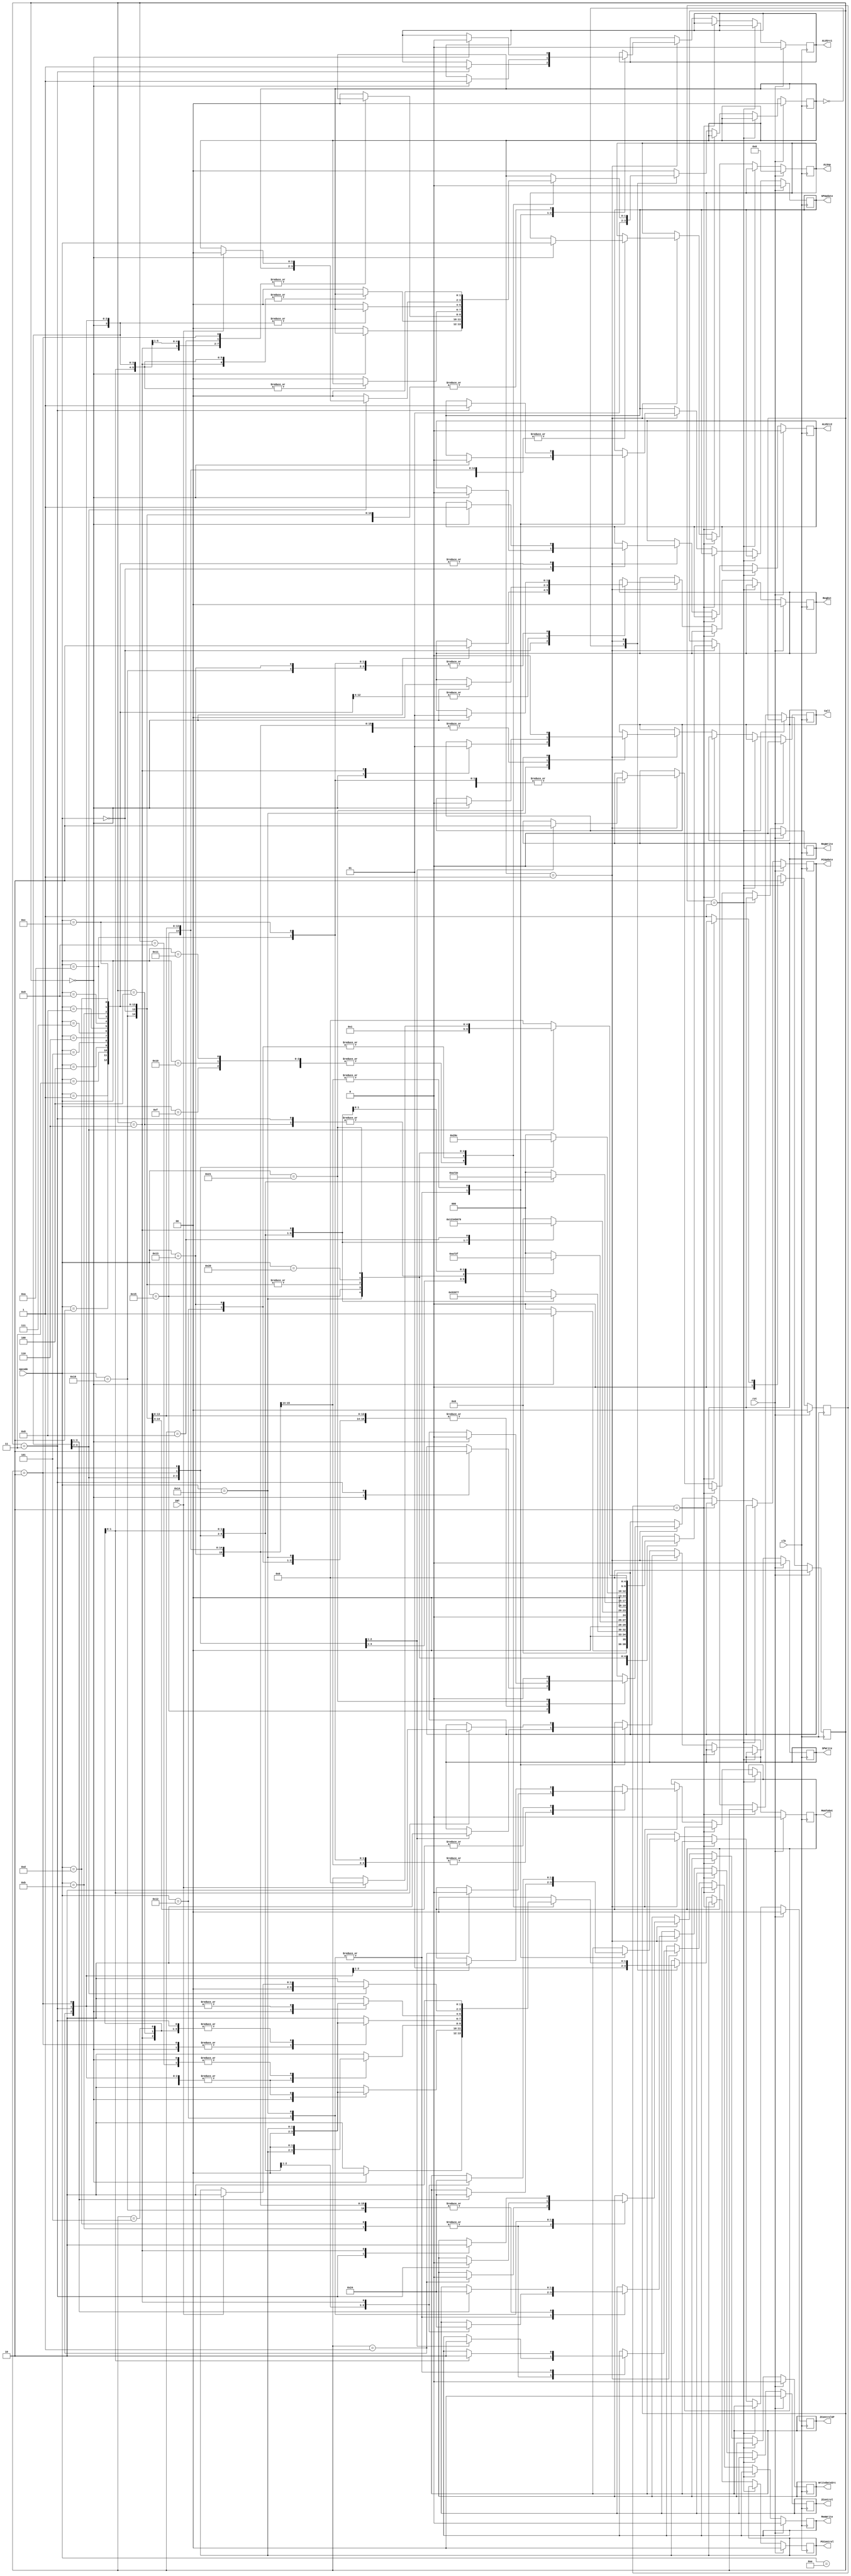
module control_unit (
    input rst,
    input [5:0] opcode,
    input clk,
    input INT,                              //Interrupt
    output reg [1:0] PCControl,             //Left Bit is for PCin and Right Bit is for PCout
    output reg Call,                        //Call is 1 for call and 0 otherwise
    output reg [5:0] ALUop,
    output reg [1:0] RegDst,                 //0 for rs, 1 for rt, 2 for rd
    output reg RegWrite,                     //1 for Writing to Register, 0 othw
    output reg ALUSrc1,                      //0 for ReadData1, 1 for ReadSP
    output reg ALUSrc2,                      //0 for ReadData2, 1 for Immediate32bit
    output reg SPWrite,                      //1 for Writing to SP, 0 othw
    output reg [1:0] ZControl,               //Left Bit is for Zin and Right Bit is for Zout
    output reg MemToOut,                      //0 for ReadDataMem, 1 for ALUResult
    output reg PCUpdate,                      //0 for PC = PC + 4, 1 for address from data memory
    output reg MemWrite,                      //1 for Writing to Data Memory, 0 othw
    output reg WriteDataSrc,                  //0 for ReadData2, 1 for Updated PC Value
    output reg SPUpdate,                      //0 for SP = SP - 4, 1 for SP = SP + 4
    output reg [1:0] ZControlSP               //Left Bit is for Zin and Right Bit is for Zout
);
    reg [1:0] cu_state;
    reg [1:0] j_state;
    reg [4:0] instr_state;

    initial begin
        cu_state = 0;
        instr_state = 0;
        PCControl = 0;
        Call = 0;
        ALUop = 0;
        RegDst = 0;
        ALUSrc1 = 0;
        ALUSrc2 = 0;
        RegWrite = 0;
        SPWrite = 0;
        ZControl = 0;
        MemToOut = 0;
        PCUpdate = 0;
        MemWrite = 0;
        WriteDataSrc = 0;
        SPUpdate = 0;
        ZControlSP = 0;
        j_state = 0;
    end

    always @(posedge clk) begin
        if (rst) begin
            cu_state <= 0;
            instr_state <= 0;
            PCControl <= 0;
            Call <= 0;
            ALUop <= 0;
            RegDst <= 0;
            ALUSrc1 <= 0;
            ALUSrc2 <= 0;
            RegWrite <= 0;
            SPWrite <= 0;
            ZControl <= 0;
            MemToOut <= 0;
            PCUpdate <= 0;
            MemWrite <= 0;
            WriteDataSrc <= 0;
            SPUpdate <= 0;
            ZControlSP <= 0;
            j_state <= 0;
        end else if (j_state == 1) begin
            j_state <= 2;
        end else if (j_state == 2) begin
            j_state <= 0;
        end else begin
            j_state <= 1;
            case (cu_state)
            0: begin
                PCControl <= 2'b01;
                cu_state <= 1;
            end
            1: begin
                case (opcode)
                    6'b000000: begin                    //R-type
                        case (instr_state)
                            0: begin
                                PCControl <= 2'b00;
                                PCUpdate <= 0;
                                Call <= 0;
                                RegDst <= 2;
                                ALUop <= opcode;
                                ALUSrc1 <= 0;
                                ALUSrc2 <= 0;
                                ZControl <= 2'b10;
                                instr_state <= 1;
                            end
                            1: begin
                                ZControl <= 2'b01;
                                MemToOut <= 1;
                                RegWrite <= 1;
                                instr_state <= 2;
                            end
                            2: begin
                                RegWrite <= 0;
                                instr_state <= 3;
                            end
                            3: begin
                                MemToOut <= 0;
                                ZControl <= 2'b00;
                                instr_state <= 4;
                            end
                            4: begin
                                cu_state <= 0;
                                instr_state <= 0;
                                PCControl <= 2'b10;
                            end
                            default: begin
                                cu_state <= 0;
                                instr_state <= 0;
                                PCControl <= 2'b10;
                            end
                        endcase
                    end
                    6'b000001: begin                //ADDI
                        case (instr_state)
                            0: begin
                                PCControl <= 2'b00;
                                PCUpdate <= 0;
                                Call <= 0;
                                RegDst <= 0;
                                ALUop <= opcode;
                                ALUSrc1 <= 0;
                                ALUSrc2 <= 1;                //Input Immediate32bit to ALU
                                ZControl <= 2'b10;
                                instr_state <= 1;
                            end
                            1: begin
                                ZControl <= 2'b01;
                                MemToOut <= 1;
                                RegWrite <= 1;
                                instr_state <= 2;
                            end
                            2: begin
                                RegWrite <= 0;
                                instr_state <= 3;
                            end
                            3: begin
                                MemToOut <= 0;
                                ZControl <= 2'b00;
                                instr_state <= 4;
                            end
                            4: begin
                                cu_state <= 0;
                                instr_state <= 0;
                                PCControl <= 2'b10;
                            end
                            default: begin
                                cu_state <= 0;
                                instr_state <= 0;
                                PCControl <= 2'b10;
                            end
                        endcase
                    end
                    6'b000010: begin                    //SUBI
                        case (instr_state)
                            0: begin
                                PCControl <= 2'b00;
                                PCUpdate <= 0;
                                Call <= 0;
                                RegDst <= 0;
                                ALUop <= opcode;
                                ALUSrc1 <= 0;
                                ALUSrc2 <= 1;                //Input Immediate32bit to ALU
                                ZControl <= 2'b10;
                                instr_state <= 1;
                            end
                            1: begin
                                ZControl <= 2'b01;
                                MemToOut <= 1;
                                RegWrite <= 1;
                                instr_state <= 2;
                            end
                            2: begin
                                RegWrite <= 0;
                                instr_state <= 3;
                            end
                            3: begin
                                MemToOut <= 0;
                                ZControl <= 2'b00;
                                instr_state <= 4;
                            end
                            4: begin
                                cu_state <= 0;
                                instr_state <= 0;
                                PCControl <= 2'b10;
                            end
                            default: begin
                                cu_state <= 0;
                                instr_state <= 0;
                                PCControl <= 2'b10;
                            end
                        endcase
                    end                                 
                    6'b000011: begin                        //ANDI
                        case (instr_state)
                            0: begin
                                PCControl <= 2'b00;
                                PCUpdate <= 0;
                                Call <= 0;
                                RegDst <= 0;
                                ALUop <= opcode;
                                ALUSrc1 <= 0;
                                ALUSrc2 <= 1;                //Input Immediate32bit to ALU
                                ZControl <= 2'b10;
                                instr_state <= 1;
                            end
                            1: begin
                                ZControl <= 2'b01;
                                MemToOut <= 1;
                                RegWrite <= 1;
                                instr_state <= 2;
                            end
                            2: begin
                                RegWrite <= 0;
                                instr_state <= 3;
                            end
                            3: begin
                                MemToOut <= 0;
                                ZControl <= 2'b00;
                                instr_state <= 4;
                            end
                            4: begin
                                cu_state <= 0;
                                instr_state <= 0;
                                PCControl <= 2'b10;
                            end
                            default: begin
                                cu_state <= 0;
                                instr_state <= 0;
                                PCControl <= 2'b10;
                            end
                        endcase
                    end
                    6'b000100: begin                    //ORI
                        case (instr_state)
                            0: begin
                                PCControl <= 2'b00;
                                PCUpdate <= 0;
                                Call <= 0;
                                RegDst <= 0;
                                ALUop <= opcode;
                                ALUSrc1 <= 0;
                                ALUSrc2 <= 1;                //Input Immediate32bit to ALU
                                ZControl <= 2'b10;
                                instr_state <= 1;
                            end
                            1: begin
                                ZControl <= 2'b01;
                                MemToOut <= 1;
                                RegWrite <= 1;
                                instr_state <= 2;
                            end
                            2: begin
                                RegWrite <= 0;
                                instr_state <= 3;
                            end
                            3: begin
                                MemToOut <= 0;
                                ZControl <= 2'b00;
                                instr_state <= 4;
                            end
                            4: begin
                                cu_state <= 0;
                                instr_state <= 0;
                                PCControl <= 2'b10;
                            end
                            default: begin
                                cu_state <= 0;
                                instr_state <= 0;
                                PCControl <= 2'b10;
                            end
                        endcase
                    end
                    6'b000101: begin                        //XORI
                        case (instr_state)
                            0: begin
                                PCControl <= 2'b00;
                                PCUpdate <= 0;
                                Call <= 0;
                                RegDst <= 0;
                                ALUop <= opcode;
                                ALUSrc1 <= 0;
                                ALUSrc2 <= 1;                //Input Immediate32bit to ALU
                                ZControl <= 2'b10;
                                instr_state <= 1;
                            end
                            1: begin
                                ZControl <= 2'b01;
                                MemToOut <= 1;
                                RegWrite <= 1;
                                instr_state <= 2;
                            end
                            2: begin
                                RegWrite <= 0;
                                instr_state <= 3;
                            end
                            3: begin
                                MemToOut <= 0;
                                ZControl <= 2'b00;
                                instr_state <= 4;
                            end
                            4: begin
                                cu_state <= 0;
                                instr_state <= 0;
                                PCControl <= 2'b10;
                            end
                            default: begin
                                cu_state <= 0;
                                instr_state <= 0;
                                PCControl <= 2'b10;
                            end
                        endcase
                    end
                    6'b000110: begin                        //NOTI
                        case (instr_state)
                            0: begin
                                PCControl <= 2'b00;
                                PCUpdate <= 0;
                                Call <= 0;
                                RegDst <= 0;
                                ALUop <= opcode;
                                ALUSrc1 <= 0;
                                ALUSrc2 <= 1;                //Input Immediate32bit to ALU
                                ZControl <= 2'b10;
                                instr_state <= 1;
                            end
                            1: begin
                                ZControl <= 2'b01;
                                MemToOut <= 1;
                                RegWrite <= 1;
                                instr_state <= 2;
                            end
                            2: begin
                                RegWrite <= 0;
                                instr_state <= 3;
                            end
                            3: begin
                                MemToOut <= 0;
                                ZControl <= 2'b00;
                                instr_state <= 4;
                            end
                            4: begin
                                cu_state <= 0;
                                instr_state <= 0;
                                PCControl <= 2'b10;
                            end
                            default: begin
                                cu_state <= 0;
                                instr_state <= 0;
                                PCControl <= 2'b10;
                            end
                        endcase
                    end
                    6'b000111: begin                        //SLLI
                        case (instr_state)
                            0: begin
                                PCControl <= 2'b00;
                                PCUpdate <= 0;
                                Call <= 0;
                                RegDst <= 0;
                                ALUop <= opcode;
                                ALUSrc1 <= 0;
                                ALUSrc2 <= 1;                //Input Immediate32bit to ALU
                                ZControl <= 2'b10;
                                instr_state <= 1;
                            end
                            1: begin
                                ZControl <= 2'b01;
                                MemToOut <= 1;
                                RegWrite <= 1;
                                instr_state <= 2;
                            end
                            2: begin
                                RegWrite <= 0;
                                instr_state <= 3;
                            end
                            3: begin
                                MemToOut <= 0;
                                ZControl <= 2'b00;
                                instr_state <= 4;
                            end
                            4: begin
                                cu_state <= 0;
                                instr_state <= 0;
                                PCControl <= 2'b10;
                            end
                            default: begin
                                cu_state <= 0;
                                instr_state <= 0;
                                PCControl <= 2'b10;
                            end
                        endcase
                    end
                    6'b001000: begin                    //SRLI
                        case (instr_state)
                            0: begin
                                PCControl <= 2'b00;
                                PCUpdate <= 0;
                                Call <= 0;
                                RegDst <= 0;
                                ALUop <= opcode;
                                ALUSrc1 <= 0;
                                ALUSrc2 <= 1;                //Input Immediate32bit to ALU
                                ZControl <= 2'b10;
                                instr_state <= 1;
                            end
                            1: begin
                                ZControl <= 2'b01;
                                MemToOut <= 1;
                                RegWrite <= 1;
                                instr_state <= 2;
                            end
                            2: begin
                                RegWrite <= 0;
                                instr_state <= 3;
                            end
                            3: begin
                                MemToOut <= 0;
                                ZControl <= 2'b00;
                                instr_state <= 4;
                            end
                            4: begin
                                cu_state <= 0;
                                instr_state <= 0;
                                PCControl <= 2'b10;
                            end
                            default: begin
                                cu_state <= 0;
                                instr_state <= 0;
                                PCControl <= 2'b10;
                            end
                        endcase
                    end
                    6'b001001: begin                        //SRAI
                        case (instr_state)
                            0: begin
                                PCControl <= 2'b00;
                                PCUpdate <= 0;
                                Call <= 0;
                                RegDst <= 0;
                                ALUop <= opcode;
                                ALUSrc1 <= 0;
                                ALUSrc2 <= 1;                //Input Immediate32bit to ALU
                                ZControl <= 2'b10;
                                instr_state <= 1;
                            end
                            1: begin
                                ZControl <= 2'b01;
                                MemToOut <= 1;
                                RegWrite <= 1;
                                instr_state <= 2;
                            end
                            2: begin
                                RegWrite <= 0;
                                instr_state <= 3;
                            end
                            3: begin
                                MemToOut <= 0;
                                ZControl <= 2'b00;
                                instr_state <= 4;
                            end
                            4: begin
                                cu_state <= 0;
                                instr_state <= 0;
                                PCControl <= 2'b10;
                            end
                            default: begin
                                cu_state <= 0;
                                instr_state <= 0;
                                PCControl <= 2'b10;
                            end
                        endcase
                    end
                    6'b001010: begin                        //LD
                        case (instr_state)
                            0: begin
                                PCControl <= 2'b00;
                                PCUpdate <= 0;
                                Call <= 0;
                                RegDst <= 1;
                                ALUop <= opcode;
                                ALUSrc1 <= 0;
                                ALUSrc2 <= 1;                //Input Immediate32bit to ALU
                                ZControl <= 2'b10;
                                instr_state <= 1;
                            end
                            1: begin
                                ZControl <= 2'b01;
                                MemToOut <= 0;
                                RegWrite <= 1;
                                instr_state <= 2;
                            end
                            2: begin
                                RegWrite <= 0;
                                instr_state <= 3;
                            end
                            3: begin
                                ZControl <= 2'b00;
                                instr_state <= 4;
                            end
                            4: begin
                                PCControl <= 2'b10;
                                cu_state <= 0;
                                instr_state <= 0;
                            end
                            default: begin
                                cu_state <= 0;
                                instr_state <= 0;
                                PCControl <= 2'b10;
                            end
                        endcase
                    end
                    6'b001011: begin                        //ST
                        case (instr_state)
                            0: begin
                                PCControl <= 2'b00;
                                PCUpdate <= 0;
                                Call <= 0;
                                ALUop <= opcode;
                                ALUSrc1 <= 0;
                                ALUSrc2 <= 1;                //Input Immediate32bit to ALU
                                ZControl <= 2'b10;
                                instr_state <= 1;
                            end
                            1: begin
                                ZControl <= 2'b01;
                                WriteDataSrc <= 0;
                                MemWrite <= 1;               //Write to Data Memory
                                instr_state <= 2;
                            end
                            2: begin
                                MemWrite <= 0;
                                instr_state <= 3;
                            end
                            3: begin
                                ZControl <= 2'b00;
                                instr_state <= 4;
                            end
                            4: begin
                                PCControl <= 2'b10;
                                cu_state <= 0;
                                instr_state <= 0;
                            end
                            default: begin
                                cu_state <= 0;
                                instr_state <= 0;
                                PCControl <= 2'b10;
                            end
                        endcase
                    end
                    6'b001100: begin                        //LDSP
                        case (instr_state)
                            0: begin
                                PCControl <= 2'b00;
                                PCUpdate <= 0;
                                Call <= 0;
                                RegDst <= 1;
                                ALUop <= opcode;
                                ALUSrc1 <= 0;
                                ALUSrc2 <= 1;                //Input Immediate32bit to ALU
                                ZControl <= 2'b10;
                                instr_state <= 1;
                            end
                            1: begin
                                ZControl <= 2'b01;
                                MemToOut <= 0;
                                RegWrite <= 1;
                                instr_state <= 2;
                            end
                            2: begin
                                RegWrite <= 0;
                                instr_state <= 3;
                            end
                            3: begin
                                ZControl <= 2'b00;
                                instr_state <= 4;
                            end
                            4: begin
                                PCControl <= 2'b10;
                                cu_state <= 0;
                                instr_state <= 0;
                            end
                            default: begin
                                cu_state <= 0;
                                instr_state <= 0;
                                PCControl <= 2'b10;
                            end
                        endcase
                    end
                    6'b001101: begin                        //STSP
                        case (instr_state)
                            0: begin
                                PCControl <= 2'b00;
                                PCUpdate <= 0;
                                Call <= 0;
                                ALUop <= opcode;
                                ALUSrc1 <= 0;
                                ALUSrc2 <= 1;                //Input Immediate32bit to ALU
                                ZControl <= 2'b10;
                                instr_state <= 1;
                            end
                            1: begin
                                ZControl <= 2'b01;
                                WriteDataSrc <= 0;
                                MemWrite <= 1;               //Write to Data Memory
                                instr_state <= 2;
                            end
                            2: begin
                                MemWrite <= 0;
                                instr_state <= 3;
                            end
                            3: begin
                                ZControl <= 2'b00;
                                instr_state <= 4;
                            end
                            4: begin
                                PCControl <= 2'b10;
                                cu_state <= 0;
                                instr_state <= 0;
                            end
                            default: begin
                                cu_state <= 0;
                                instr_state <= 0;
                                PCControl <= 2'b10;
                            end
                        endcase
                    end
                    6'b001110: begin                        //BR
                        case (instr_state)
                            0: begin
                                PCControl <= 2'b00;
                                PCUpdate <= 0;
                                Call <= 0;
                                ALUop <= opcode;
                                instr_state <= 1;
                            end
                            1: begin
                                PCControl <= 2'b10;
                                cu_state <= 0;
                                instr_state <= 0;
                            end
                            default: begin
                                cu_state <= 0;
                                instr_state <= 0;
                                PCControl <= 2'b10;
                            end
                        endcase
                    end
                    6'b001111: begin                        //BMI
                        case (instr_state)
                            0: begin
                                PCControl <= 2'b00;
                                PCUpdate <= 0;
                                Call <= 0;
                                ALUSrc1 <= 0;
                                ALUop <= opcode;
                                instr_state <= 1;
                            end
                            1: begin
                                PCControl <= 2'b10;
                                cu_state <= 0;
                                instr_state <= 0;
                            end
                            default: begin
                                cu_state <= 0;
                                instr_state <= 0;
                                PCControl <= 2'b10;
                            end
                        endcase
                    end
                    6'b010000: begin                        //BPL
                        case (instr_state)
                            0: begin
                                PCControl <= 2'b00;
                                PCUpdate <= 0;
                                Call <= 0;
                                ALUSrc1 <= 0;
                                ALUop <= opcode;
                                instr_state <= 1;
                            end
                            1: begin
                                PCControl <= 2'b10;
                                cu_state <= 0;
                                instr_state <= 0;
                            end
                            default: begin
                                cu_state <= 0;
                                instr_state <= 0;
                                PCControl <= 2'b10;
                            end
                        endcase
                    end
                    6'b010001: begin                        //BZ
                        case (instr_state)
                            0: begin
                                PCControl <= 2'b00;
                                PCUpdate <= 0;
                                Call <= 0; 
                                ALUSrc1 <= 0;
                                ALUop <= opcode;
                                instr_state <= 1;
                            end
                            1: begin
                                PCControl <= 2'b10;
                                cu_state <= 0;
                                instr_state <= 0;
                            end
                            default: begin
                                cu_state <= 0;
                                instr_state <= 0;
                                PCControl <= 2'b10;
                            end
                        endcase
                    end
                    6'b010010: begin                        //PUSH
                        case (instr_state)
                            0: begin
                                PCControl <= 2'b00;
                                PCUpdate <= 0;
                                Call <= 0;
                                ALUop <= opcode;
                                SPUpdate <= 0;
                                ZControlSP <= 2'b10;
                                instr_state <= 1;
                            end
                            1: begin
                                ZControlSP <= 2'b01;
                                SPWrite <= 1;
                                instr_state <= 2;
                            end
                            2: begin
                                SPWrite <= 0;
                                instr_state <= 3;
                            end
                            3: begin
                                ZControlSP <= 2'b00;
                                ALUSrc1 <= 1;
                                ZControl <= 2'b10;
                                WriteDataSrc <= 0;
                                instr_state <= 4;
                            end
                            4: begin
                                ZControl <= 2'b01;
                                MemWrite <= 1;
                                instr_state <= 5;
                            end
                            5: begin
                                MemWrite <= 0;
                                instr_state <= 6;
                            end
                            6: begin
                                ZControl <= 2'b00;
                                instr_state <= 7;
                            end
                            7: begin
                                PCControl <= 2'b10;
                                cu_state <= 0;
                                instr_state <= 0;
                            end
                            default: begin
                                cu_state <= 0;
                                instr_state <= 0;
                                PCControl <= 2'b10;
                            end
                        endcase
                    end
                    6'b010011: begin                        //POP
                        case (instr_state)
                            0: begin
                                PCControl <= 2'b00;
                                PCUpdate <= 0;
                                Call <= 0; 
                                ALUop <= opcode;
                                ALUSrc1 <= 1;
                                ZControl <= 2'b10;
                                RegDst <= 1;
                                instr_state <= 1;
                            end
                            1: begin
                                ZControl <= 2'b01;
                                MemToOut <= 0;
                                RegWrite <= 1;
                                instr_state <= 2;
                            end
                            2: begin
                                RegWrite <= 0;
                                instr_state <= 3;
                            end
                            3: begin
                                ZControl <= 2'b00;
                                SPUpdate <= 1;
                                ZControlSP <= 2'b10;
                                instr_state <= 4;
                            end
                            4: begin
                                ZControlSP <= 2'b01;
                                SPWrite <= 1;
                                instr_state <= 4;
                            end
                            5: begin
                                SPWrite <= 0;
                                instr_state <= 5;
                            end
                            6: begin
                                ZControlSP <= 2'b00;
                                instr_state <= 7;
                            end
                            7: begin
                                PCControl <= 2'b10;
                                cu_state <= 0;
                                instr_state <= 0;
                            end
                            default: begin
                                instr_state <= 0;
                                cu_state <= 0;
                                PCControl <= 2'b10;
                            end
                        endcase
                    end
                    6'b010100: begin                        //CALL
                        case (instr_state)
                            0: begin
                                PCControl <= 2'b00;
                                PCUpdate <= 0;
                                Call <= 0;
                                ALUop <= opcode;
                                SPUpdate <= 0;
                                ZControlSP <= 2'b10;
                                instr_state <= 1;
                            end
                            1: begin
                                ZControlSP <= 2'b01;
                                SPWrite <= 1;
                                instr_state <= 2;
                            end
                            2: begin
                                SPWrite <= 0;
                                instr_state <= 3;
                            end
                            3: begin
                                ZControlSP <= 2'b00;
                                ALUSrc1 <= 1;
                                ZControl <= 2'b10;
                                WriteDataSrc <= 1;
                                instr_state <= 4;
                            end
                            4: begin
                                ZControl <= 2'b01;
                                MemWrite <= 1;
                                instr_state <= 5;
                            end
                            5: begin
                                MemWrite <= 0;
                                instr_state <= 6;
                            end
                            6: begin
                                ZControl <= 2'b00;
                                WriteDataSrc <= 0;
                                Call <= 1;
                                instr_state <= 7;
                            end
                            8: begin
                                PCControl <= 2'b10;
                                instr_state <= 9;
                            end
                            9: begin
                                PCControl <= 2'b00;
                                cu_state <= 0;
                                instr_state <= 0;
                            end
                            default: begin
                                instr_state <= 0;
                                cu_state <= 0;
                                PCControl <= 2'b10;
                            end
                        endcase
                    end
                    6'b010101: begin                        //RET
                        case (instr_state)
                            0: begin
                                PCControl <= 2'b00;
                                PCUpdate <= 1;
                                Call <= 0; 
                                ALUop <= opcode;
                                ALUSrc1 <= 1;
                                ZControl <= 2'b10;
                                instr_state <= 1;
                            end
                            1: begin
                                ZControl <= 2'b01;
                                MemToOut <= 0;
                                PCControl <= 2'b10;
                                instr_state <= 2;
                            end
                            2: begin
                                PCControl <= 2'b00;
                                instr_state <= 3;
                            end
                            3: begin
                                ZControl <= 2'b00;
                                PCUpdate <= 0;
                                SPUpdate <= 1;
                                ZControlSP <= 2'b10;
                                instr_state <= 4;
                            end
                            4: begin
                                ZControlSP <= 2'b01;
                                SPWrite <= 1;
                                instr_state <= 5;
                            end
                            5: begin
                                SPWrite <= 0;
                                instr_state <= 6;
                            end
                            6: begin
                                ZControlSP <= 2'b00;
                                cu_state <= 0;
                                instr_state <= 0;
                            end
                            default: begin
                                instr_state <= 0;
                                cu_state <= 0;
                                PCControl <= 2'b10;
                            end
                        endcase
                    end
                    6'b010110: begin                        //MOVE
                        case (instr_state)
                            0: begin
                                PCControl <= 2'b00;
                                PCUpdate <= 0;
                                Call <= 0;
                                RegDst <= 1;
                                ALUop <= opcode;
                                ALUSrc1 <= 0;
                                ZControl <= 2'b10;
                                instr_state <= 1;
                            end
                            1: begin
                                ZControl <= 2'b01;
                                MemToOut <= 1;
                                RegWrite <= 1;
                                instr_state <= 2;
                            end
                            2: begin
                                RegWrite <= 0;
                                instr_state <= 3;
                            end
                            3: begin
                                MemToOut <= 0;
                                ZControl <= 2'b00;
                                instr_state <= 4;
                            end
                            4: begin
                                cu_state <= 0;
                                instr_state <= 0;
                                PCControl <= 2'b10;
                            end
                            default: begin
                                instr_state <= 0;
                                cu_state <= 0;
                                PCControl <= 2'b10;
                            end
                        endcase
                    end
                    6'b100000: begin                        //HALT: Stay in this state till INT is pressed
                        case (instr_state)
                            0: begin
                                PCControl <= 2'b00;
                                PCUpdate <= 0;
                                Call <= 0; 
                                ALUop <= opcode;
                                instr_state <= 1;
                            end
                            1: begin
                                if (INT == 1) begin
                                    PCControl <= 2'b10;
                                    cu_state <= 0;
                                    instr_state <= 0;
                                end
                            end
                            default: begin
                                instr_state <= 0;
                                cu_state <= 0;
                                PCControl <= 2'b10;
                            end
                        endcase
                    end
                    6'b100001: begin                        //NOP
                        PCUpdate <= 0;
                        Call <= 0;
                        cu_state <= 0;
                        instr_state <= 0;
                        PCControl <= 2'b10;
                    end
                    default: begin
                        PCControl <= 2'b00;
                    end
                endcase
            end
            default: begin
                cu_state <= 0;
            end
            endcase
        end
    end
endmodule